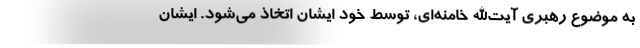
به موضوع رهبری آیت‌الله خامنه‌ای، توسط خود ایشان اتخاذ می‌شود. ایشان